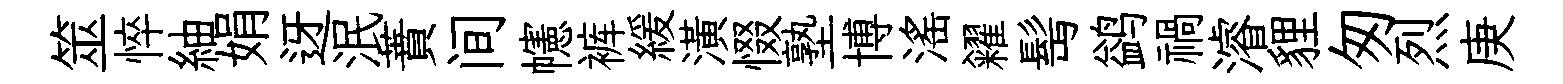
筮悴紬娟迓泯蕡间幰裤緩潢惙塾博滛糴髩鹢禍濬貍匆烈庚